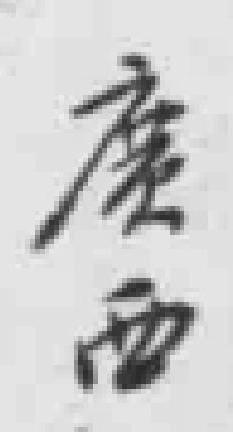
廣西